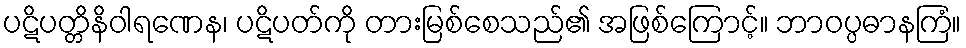
ပဋိပတ္တိနိဝါရဏေန၊ ပဋိပတ်ကို တားမြစ်စေသည်၏ အဖြစ်ကြောင့်။ ဘာဝပ္ပဓာနကြံ။